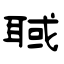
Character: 聝